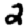
Digit: 2